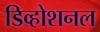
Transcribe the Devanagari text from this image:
डिव्होशनल